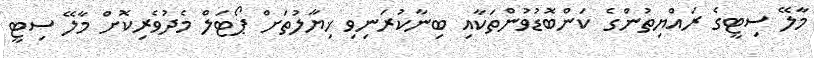
މާލޭ ސިޓީގެ ރައްޔިތުންގެ ކަންބޮޑުވުންތަކާއި ބިނާކުރަނިވި ޚިޔާލުތަށް ޕޯޓަލް މެދުވެރިކޮށް މާލޭ ސިޓީ